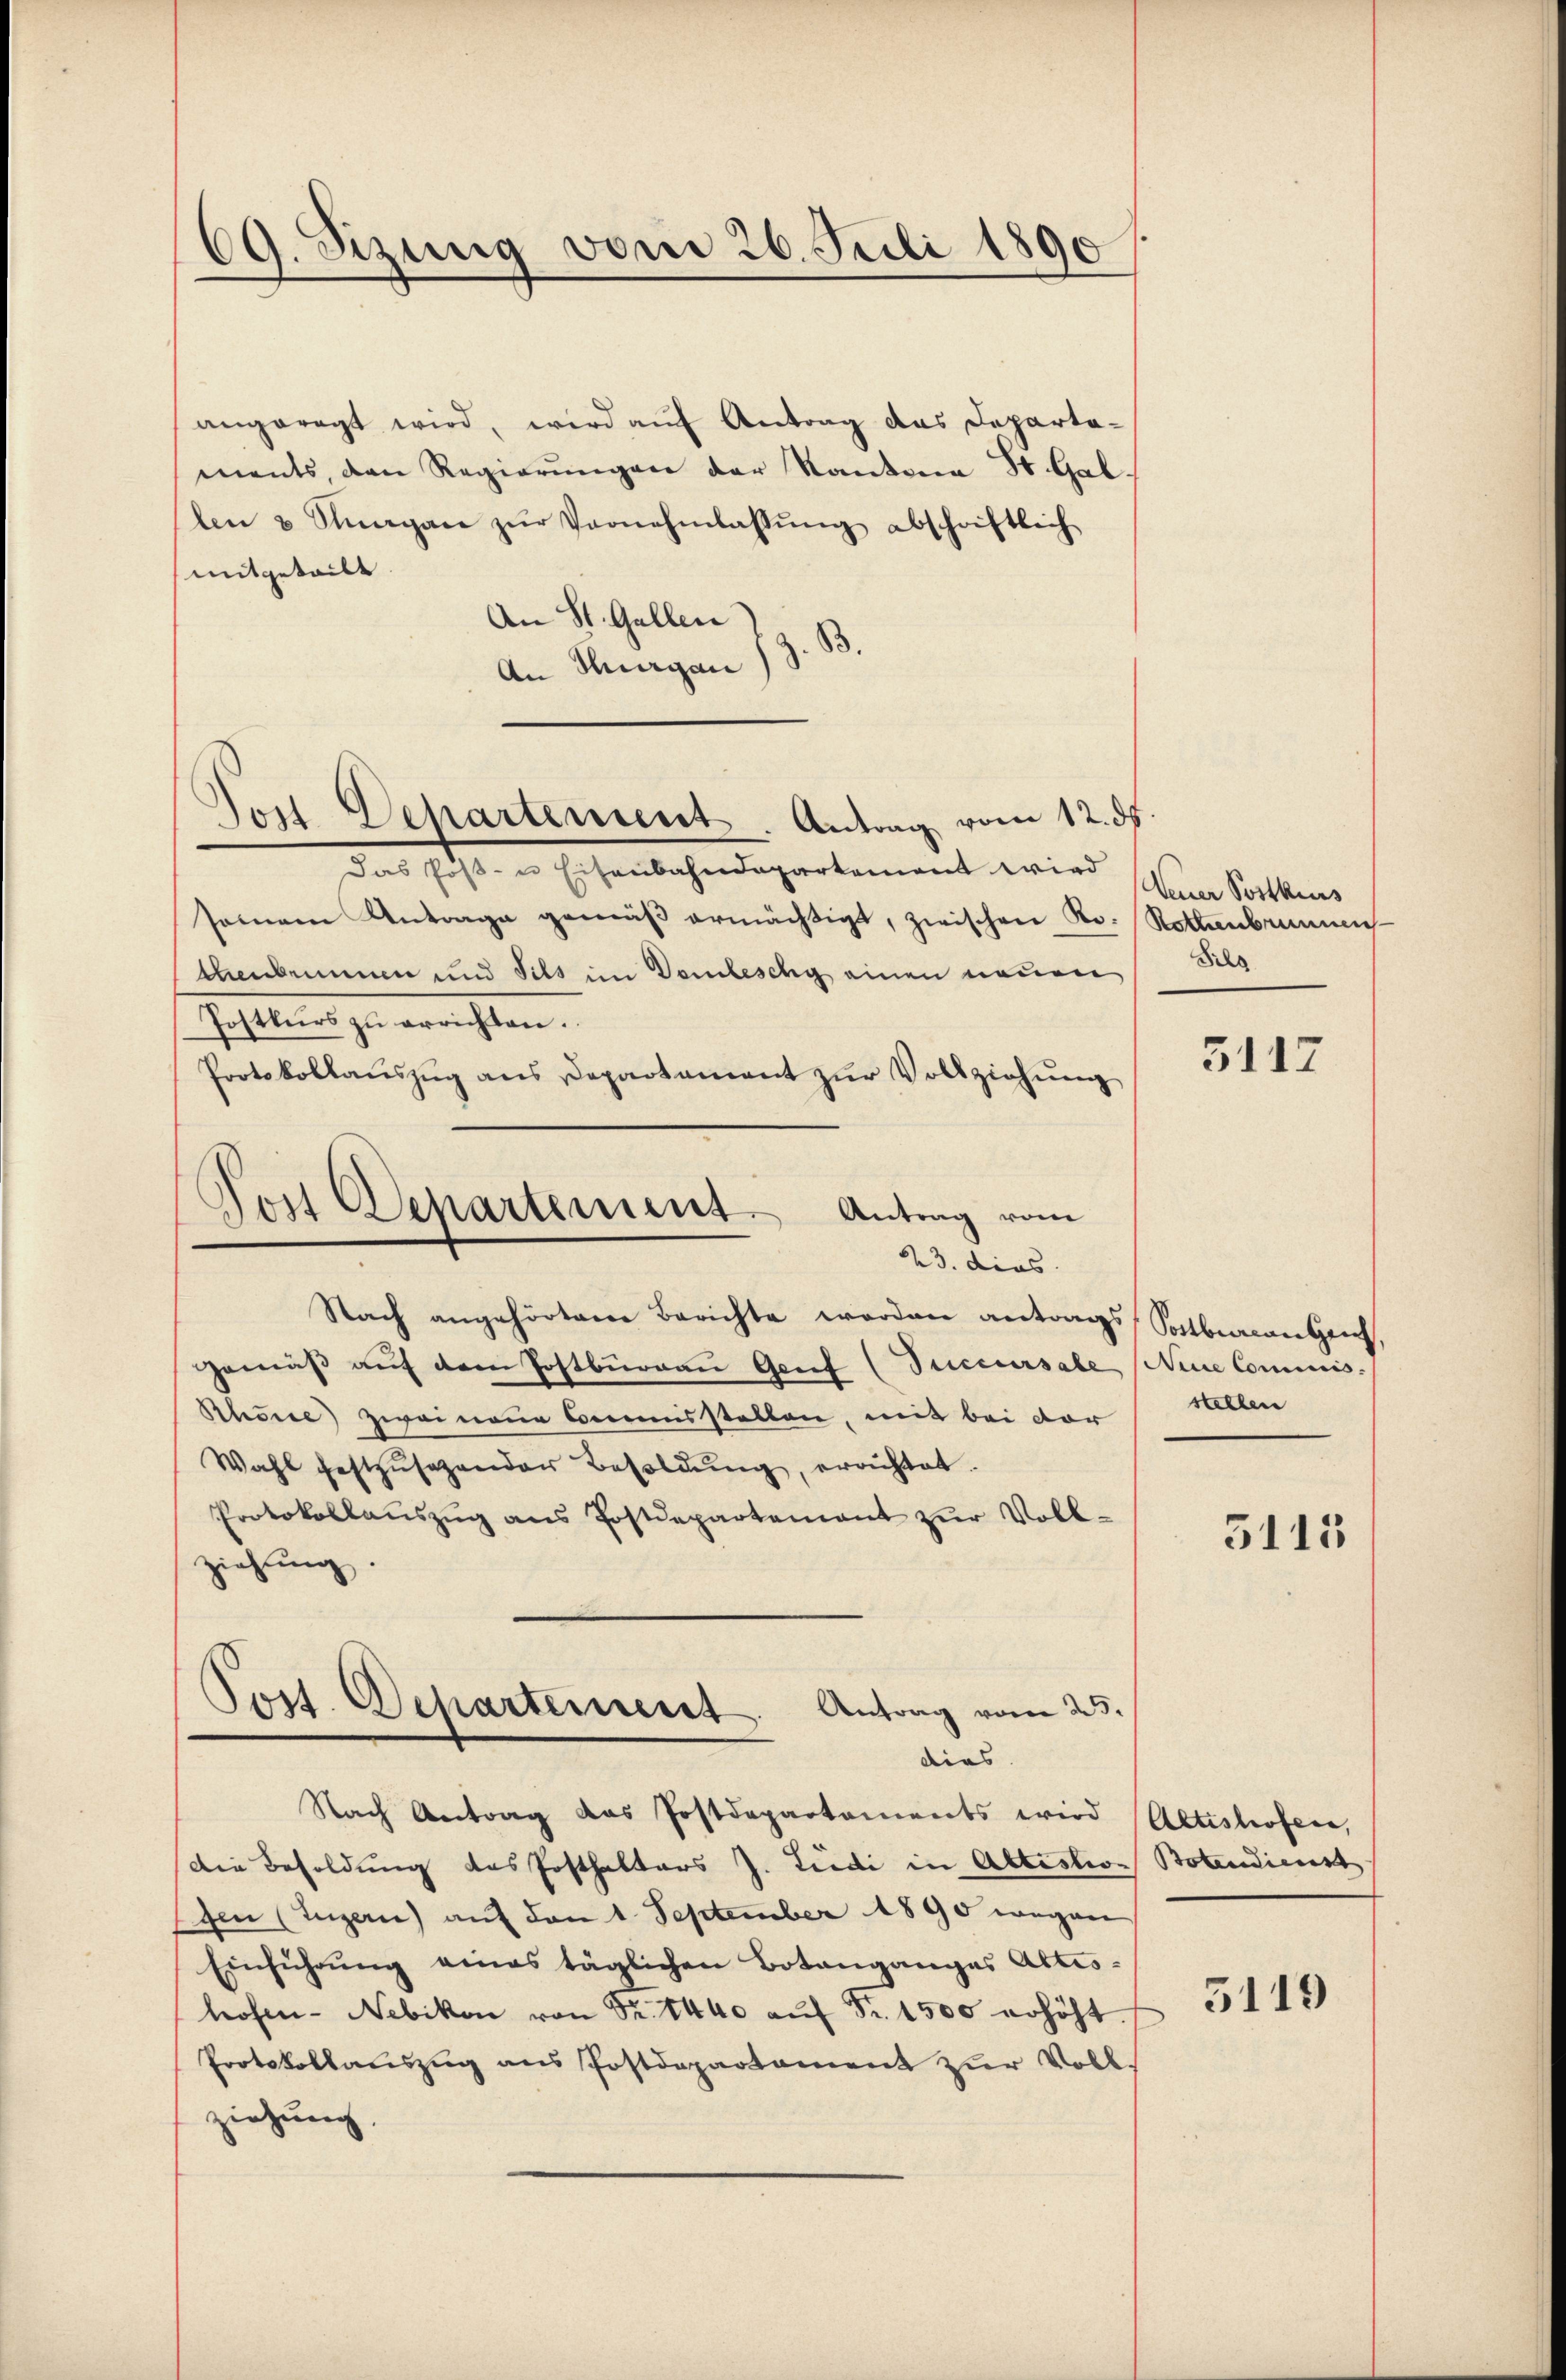
69. Sizung vom 26. Juli 1890

angeregt wird, wird aŭf Antrag das Departaments, den Regierungen der Kantona St. Gallen & Sagan zŭr Vernehmlassŭng abschriftlich
mitgeteilt.
An St. Gallen
B.
An Thurgau

Don Departement. Antrag vom 12. ds.

Post Departement. Antrag vom
23. dies

Das Post- u Eisenbahndepartement wird
seinem Antrage gemäβ ermächtigt, zwischen Ro. Rothenbrunnens
thenbrunnen und Sils im Donbeschy einen neuen Sils
Postkŭrs zu errichten.
Protokollaŭszŭg ans Departament zŭr Vollziehŭng
Nach angehörtem Berichte worden antrags, Salbeacanten
gemäβ aŭf dem Postbürgau Genf (Succursale Neue Commis.
Rhone zwei neue Commisstellen, mit bei der
Wahl festzŭsezender Besoldŭng, erachtet.
Protokollaŭszŭg ans Postdepartement zŭr Voll-
ziehung
Post. Departement. Antrag vom 25.

dies

Feuer Postkurs

Nach Antrag das Postdepartaments wird (Altishofern,
Die Besoldung des Posthalters J. Ludi in Abtestion Botendienst
1ten (Luzern) auf den 1. September 1890 wegen
Einführŭng eines täglichen Botanganges Attes-
trosen-Nebikon von Fr. 1440 aŭf Fr. 1500 erhöht.
Protokollaŭszŭg ans Postdepartament zŭr Voll-
ziehung.

5117

stellen

3113

5119